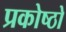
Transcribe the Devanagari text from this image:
प्रकोष्ठो